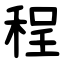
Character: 程